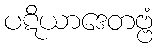
ပဋိယာဒေတဗ္ဗံ